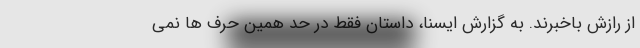
از رازش باخبرند. به گزارش ایسنا، داستان فقط در حد همین حرف ها نمی